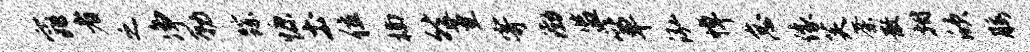
窕者之净勒踪慷土位楠然堇寄渤监箪泓悼怠像芙荼散拊欣腰